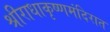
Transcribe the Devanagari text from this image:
श्रीराधाकृष्णमंदिरात